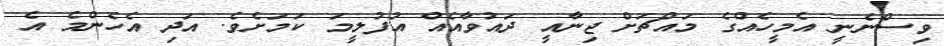
ވިސްނެނީ އެމީހެއްގެ މައްޗަށް ޖިނާއީ ދައުވާއެއް އުފުލީމަ ކަމަށެވެ. އަދި އެހެންމެ އެ